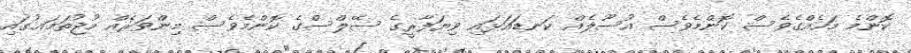
ކޮންމެ މަހެއްގެވެސް ކޮންމެވެސް އުސޫލެއް ކަނޑައަޅައި ވިޔަފާރީގެ ސޭލްސްގެ ކޮންމެވެސް މިންވަރެއް މުޖުތަމަޢުގައި